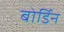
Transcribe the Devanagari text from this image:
बोर्डिन